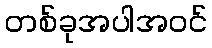
တစ်ခုအပါအဝင်